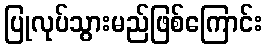
ပြုလုပ်သွားမည်ဖြစ်ကြောင်း